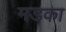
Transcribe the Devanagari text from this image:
मडका